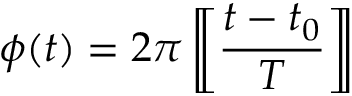
\phi ( t ) = 2 \pi \left[ \! \! \left[ { \frac { t - t _ { 0 } } { T } } \right] \! \! \right]